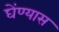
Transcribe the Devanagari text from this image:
घेंण्यास